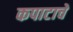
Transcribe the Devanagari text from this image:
कपाटाचे